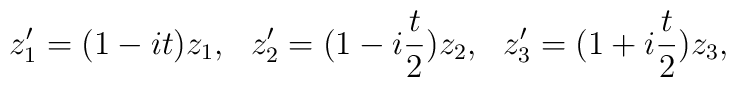
z_1^\prime=(1-it)z_1, \ \ z_2^\prime=(1-i\frac{t}{2})z_2, \ \ z_3^\prime=(1+i\frac{t}{2})z_3,